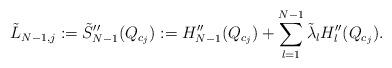
LaTeX: \begin{align*}\tilde L_{N-1,j}:=\tilde S_{N-1}''(Q_{c_j}):=H_{N-1}''(Q_{c_j})+\sum_{l=1}^{N-1}\tilde\lambda_l H''_l(Q_{c_j}).\end{align*}